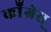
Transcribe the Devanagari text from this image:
कॉँँग्रेस्